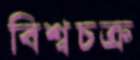
বিশ্বচক্র